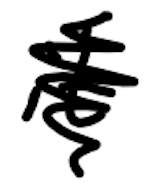
Text: it
Cross-out: scratch
Writing tool: digital_black